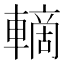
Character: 𲄽